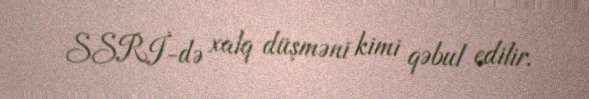
SSRİ-də xalq düşməni kimi qəbul edilir.